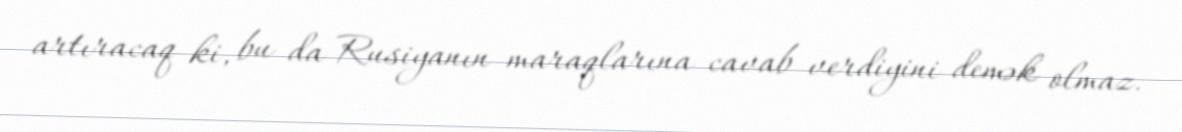
artıracaq ki, bu da Rusiyanın maraqlarına cavab verdiyini demək olmaz.